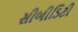
સીબીડિટી